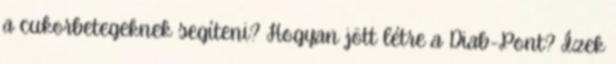
a cukorbetegeknek segíteni? Hogyan jött létre a Diab-Pont? Ízek